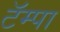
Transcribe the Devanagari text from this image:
टॅम्पा